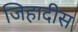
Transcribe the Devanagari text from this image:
जिहादीस